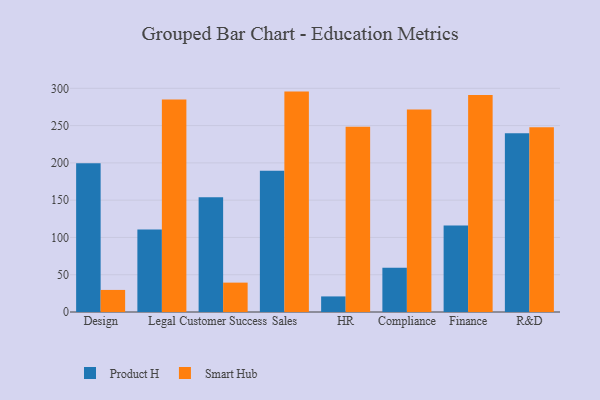
{"axis": {"x": "Department", "y": "Gross Profit (USD K)"}, "legend": ["Product H", "Smart Hub"], "data": [{"x": "Design", "y": 199.6, "type": "Product H"}, {"x": "Design", "y": 29.6, "type": "Smart Hub"}, {"x": "Legal", "y": 110.8, "type": "Product H"}, {"x": "Legal", "y": 285.1, "type": "Smart Hub"}, {"x": "Customer Success", "y": 153.9, "type": "Product H"}, {"x": "Customer Success", "y": 39.4, "type": "Smart Hub"}, {"x": "Sales", "y": 189.4, "type": "Product H"}, {"x": "Sales", "y": 295.6, "type": "Smart Hub"}, {"x": "HR", "y": 20.9, "type": "Product H"}, {"x": "HR", "y": 248.6, "type": "Smart Hub"}, {"x": "Compliance", "y": 59.3, "type": "Product H"}, {"x": "Compliance", "y": 271.5, "type": "Smart Hub"}, {"x": "Finance", "y": 116.0, "type": "Product H"}, {"x": "Finance", "y": 291.0, "type": "Smart Hub"}, {"x": "R&D", "y": 239.7, "type": "Product H"}, {"x": "R&D", "y": 247.7, "type": "Smart Hub"}]}